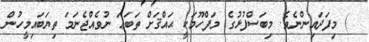
) މިފަދައިންނެވެ. މިބަސްފުޅުގެ މަފްހޫމަކީ ޙައްޤަށް ތަބަޢަ ނުވެއްޖެނަމަ ތިޔަބައިމީހުން